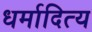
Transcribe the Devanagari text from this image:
धर्मादित्य